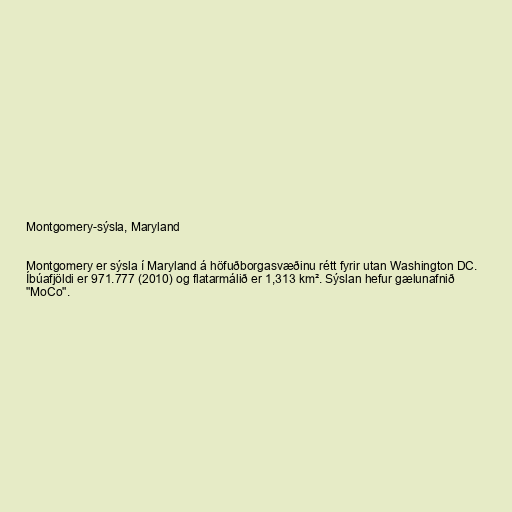
Montgomery-sýsla, Maryland

Montgomery er sýsla í Maryland á höfuðborgasvæðinu rétt fyrir utan Washington DC.
Íbúafjöldi er 971.777 (2010) og flatarmálið er 1,313 km². Sýslan hefur gælunafnið
"MoCo".